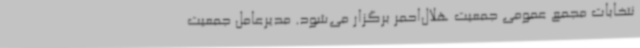
نتخابات مجمع عمومی جمعیت هلال‌احمر برگزار می‌شود. مدیرعامل جمعیت